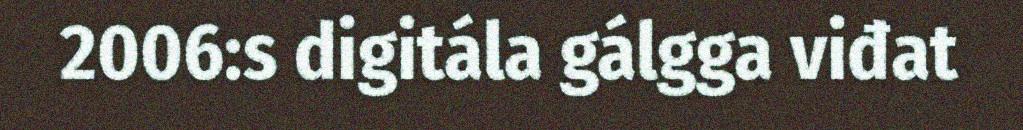
2006:s digitála gálgga viđat